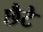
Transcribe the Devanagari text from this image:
छैटे